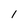
Character: I